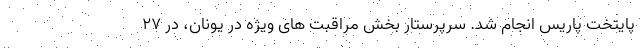
پایتخت پاریس انجام شد. سرپرستار بخش مراقبت های ویژه در یونان، در ۲۷